Sketch of the medical history of the native army of Bombay, for the year
Year: 1875
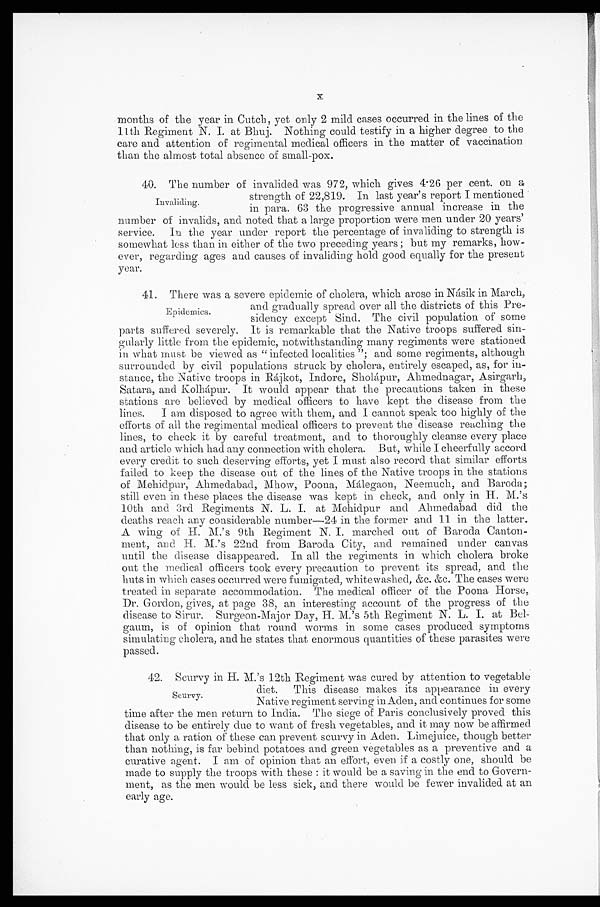
x
months of the year in Cutch, yet only 2 mild cases occurred in the lines of the
11th Regiment N. I. at Bhuj. Nothing could testify in a higher degree to the
care and attention of regimental medical officers in the matter of vaccination
than the almost total absence of small-pox.
40. The number of invalided was 972, which gives 4.26 per cent. on a
strength of 22,819. In last year's report I mentioned
in para. 63 the progressive annual increase in the
number of invalids, and noted that a large proportion were men under 20 years'
service. In the year under report the percentage of invaliding to strength is
somewhat less than in either of the two preceding years; but my remarks, how
-
ever, regarding ages and causes of invaliding hold good equally for the present
year.
41. There was a severe epidemic of cholera, which arose in Násik in March,
and gradually spread over all the districts of this Pre
-
sidency except Sind. The civil population of some
parts suffered severely. It is remarkable that the Native troops suffered sin
-
gularly little from the epidemic, notwithstanding many regiments were stationed
in what must be viewed as "infected localities"; and some regiments, although
surrounded by civil populations struck by cholera, entirely escaped, as, for in
-
stance, the Native troops in Rájkot, Indore, Sholápur, Ahmednagar, Asirgarh,
Satara, and Kolhápur. It would appear that the precautions taken in these
stations are believed by medical officers to have kept the disease from the
lines. I am disposed to agree with them, and I cannot speak too highly of the
efforts of all the regimental medical officers to prevent the disease reaching the
lines, to check it by careful treatment, and to thoroughly cleanse every place
and article which had any connection with cholera. But, while I cheerfully accord
every credit to such deserving efforts, yet I must also record that similar efforts
failed to keep the disease out of the lines of the Native troops in the stations
of Mehidpur, Ahmedabad, Mhow, Poona, Málegaon, Neemuch, and Baroda;
still even in these places the disease was kept in check, and only in H. M.'s
10th and 3rd Regiments N. L. I. at Mehidpur and Ahmedabad did the
deaths reach any considerable number—24 in the former and 11 in the latter.
A wing of H. M.'s 9th Regiment N. I. marched out of Baroda Canton
-
ment, and H. M.'s 22nd from Baroda City, and remained under canvas
until the disease disappeared. In all the regiments in which cholera broke
out the medical officers took every precaution to prevent its spread, and the
huts in which cases occurred were fumigated, whitewashed, &c. &c. The cases were
treated in separate accommodation. The medical officer of the Poona Horse,
Dr. Gordon, gives, at page 38, an interesting account of the progress of the
disease to Sirur. Surgeon-Major Day, H. M.'s 5th Regiment N. L. I. at Bel
-
gaum, is of opinion that round worms in some cases produced symptoms
simulating cholera, and he states that enormous quantities of these parasites were
passed.
42. Scurvy in H. M.'s 12th Regiment was cured by attention to vegetable
diet. This disease makes its appearance in every
Native regiment serving in Aden, and continues for some
time after the men return to India. The siege of Paris conclusively proved this
disease to be entirely due to want of fresh vegetables, and it may now be affirmed
that only a ration of these can prevent scurvy in Aden. Limejuice, though better
than nothing, is far behind potatoes and green vegetables as a preventive and a
curative agent. I am of opinion that an effort, even if a costly one, should be
made to supply the troops with these: it would be a saving in the end to Govern
-
ment, as the men would be less sick, and there would be fewer invalided at an
early age.
Invaliding.
Epidemics.
Scurvy.